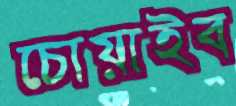
চোয়াইব